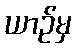
ယာဉ်မှ